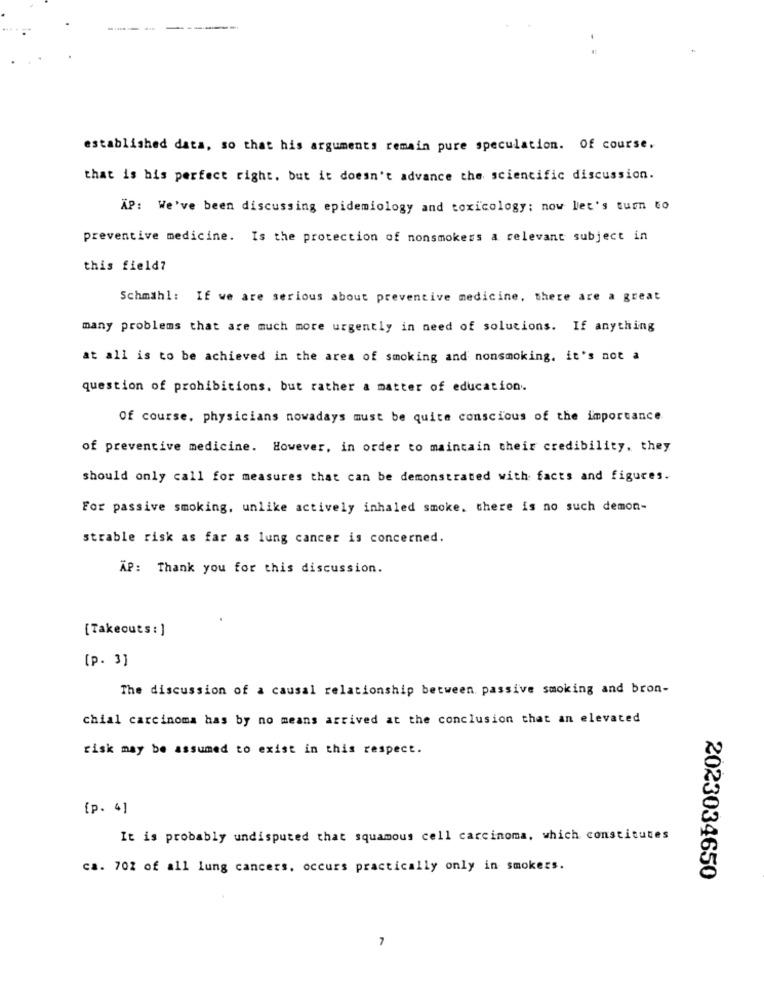
-----
#
established data, so that his arguments remain pure speculation. Of course,
that is bis perfect right. but it doesn't advance the scientific discussion.
XP: We've been discussing epidemiology and toxicology: now let's turn to
preventive medicine. Is the protection of nonsmokers a relevant subject in
this field?
Schmähl: If we are serious about preventive medicine, there are a great
many problems that are much more urgently in need of solutions. If anything
at all is to be achieved in the area of smoking and nonsmoking. it's not a
question of prohibitions, but rather a matter of education.
Of course, physicians nowadays must be quite conscious of the importance
of preventive medicine. However, in order to maintain their credibility, they
should only call for measures that can be demonstrated with facts and figures.
For passive smoking, unlike actively inhaled smoke, there is no such demon-
strable risk as far as lung cancer is concerned.
AP: Thank you for this discussion.
[Takeouts : ]
[p. 3]
The discussion of a causal relationship between passive smoking and bron-
chial carcinoma has by no means arrived at the conclusion that an elevated
risk may be assumed to exist in this respect.
[p. 4]
It is probably undisputed that squamous cell carcinoma, which constitutes
ca. 702 of all lung cancers. occurs practically only in smokers.
2023034650
7